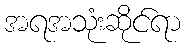
အရအသုံးဆိုင်ရာ